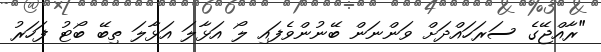
"ރާއްޖޭގެ ސަރަހައްދަށް ވަންނަން ބޭނުންވެފައި ލޯ އަޅާލަ އަޅާލަ ތިބޭ ބޯޓު ފަހަރު